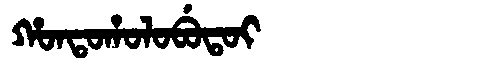
Manchu: ᡥᠣᠨᡨᠣᡥᠣᠯᠣᠪᡠᡨᠣᡳ
Romanization: HONTOHOLOBUTOI